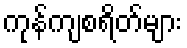
ကုန်ကျစရိတ်များ